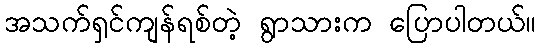
အသက်ရှင်ကျန်ရစ်တဲ့ ရွာသားက ပြောပါတယ်။